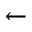
\leftarrow